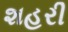
શહરી